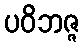
ပဝိဘဇ္ဇ